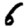
Digit: 6